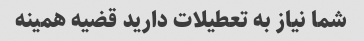
شما نیاز به تعطیلات دارید قضیه همینه